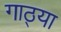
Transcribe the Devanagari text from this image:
गाठ्या